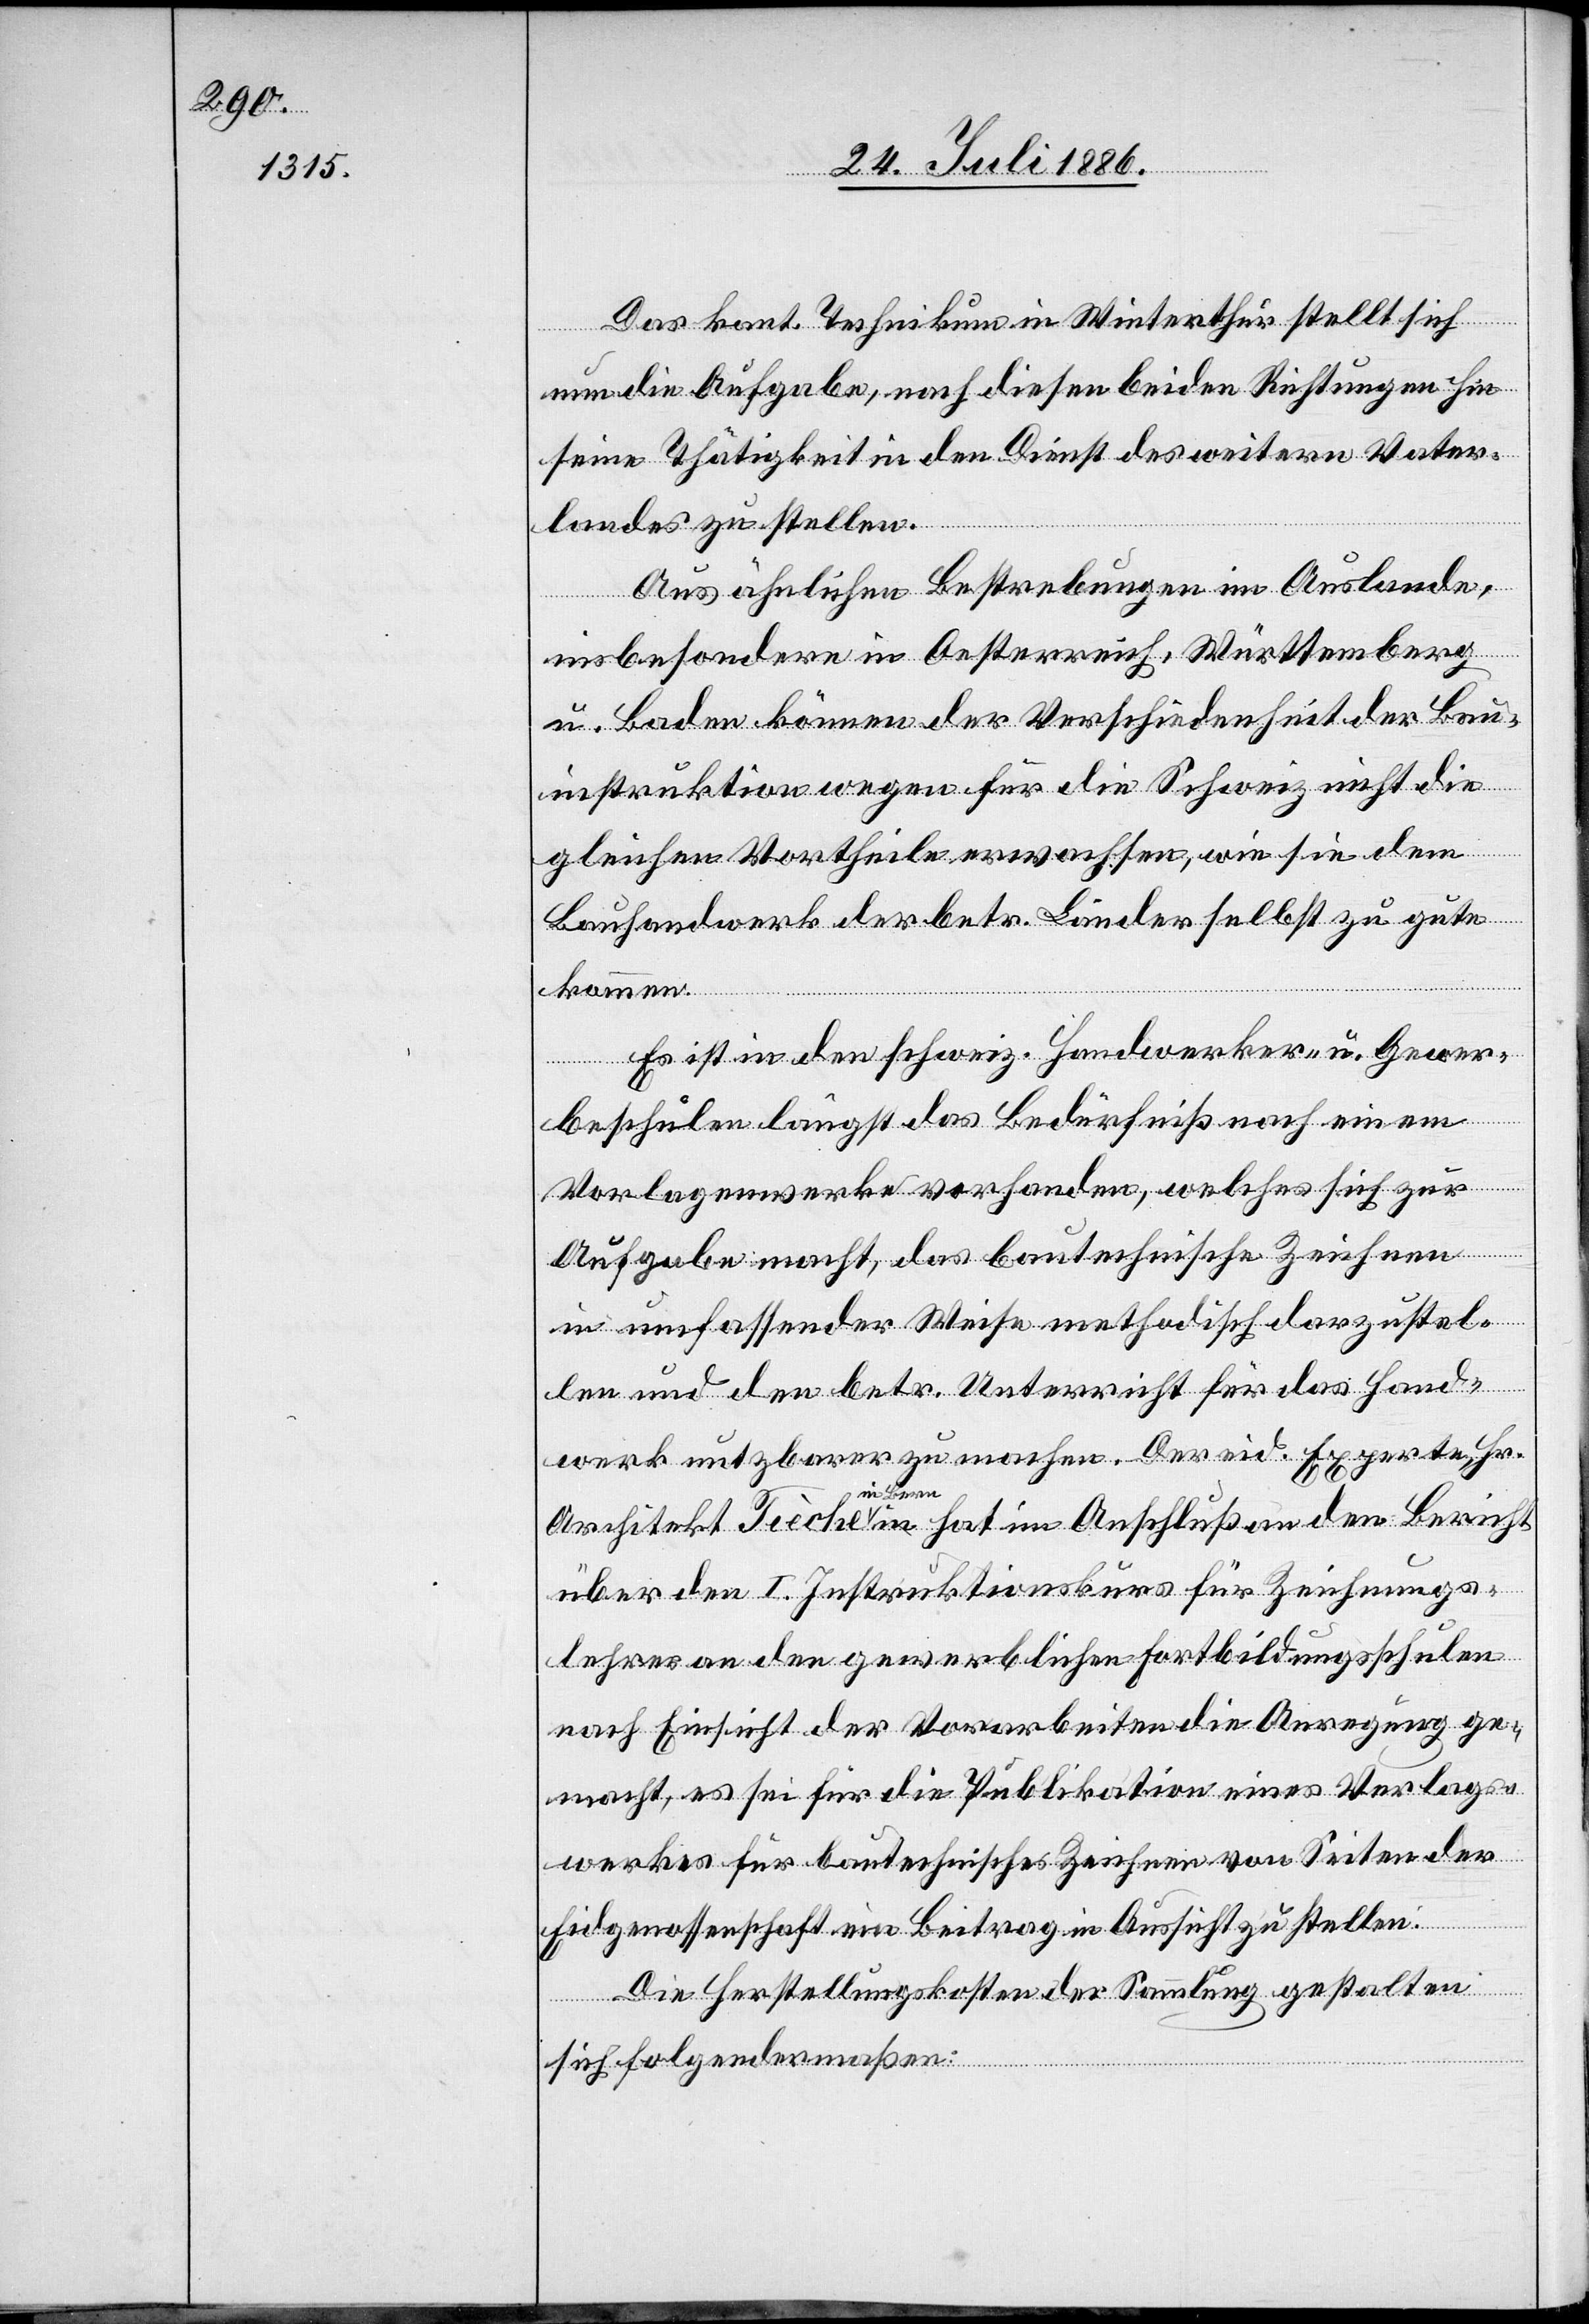
Das kant. Technikum in Winterthur stellt sich
nun die Aufgabe, nach diesen beiden Richtungen hin
seine Thätigkeit in den Dienst des weitern Vater¬
landes zu stellen.
Aus ähnlichen Bestrebungen im Auslande,
insbesondere in Oesterreich, Württemberg
u. Baden können der Verschiedenheit der Bau¬
instruktion wegen für die Schweiz nicht die
gleichen Vortheile erwachsen, wie sie dem
Bauhandwerk der betr. Länder selbst zu gute
kommen.
Es ist in den schweiz. Handwerker- u. Gewer¬
beschulen längst das Bedürfniß nach einem
Vorlagenwerke vorhanden, welches sich zur
Aufgabe macht, das bautechnische Zeichnen
in umfassender Weise methodisch darzustel¬
len und den betr. Unterricht für das Hand¬
werk nutzbarer zu machen. Der eid. Experte Hr.
Architekt Tièche in Bern hat im Anschluß an den Bericht
über den I. Instruktionskurs für Zeichnungs¬
lehrer an den gewerblichen Fortbildungsschulen
nach Einsicht der Vorarbeiten die Anregung ge¬
macht, es sei für die Publikation eines Verlags¬
werkes für bautechnisches Zeichnen von Seiten der
Eidgenossenschaft ein Beitrag in Aussicht zu stellen.
Die Herstellungskosten der Sammlung gestalten
sich folgendermaßen: